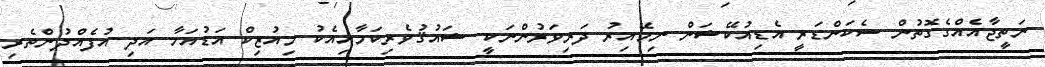
ނަތީޖާއެއްގެގޮތުން ސެކަންޑަރީ އެޑިއުކޭޝަން ނިމޭއިރު ދަރިވަރުންނަކީ ޝައުޤުވެރިކަމާއިއެކު މިއުޒިކް އަޑުއަހާ އަދި އުފެއްދުންތެރި